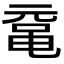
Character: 鼋